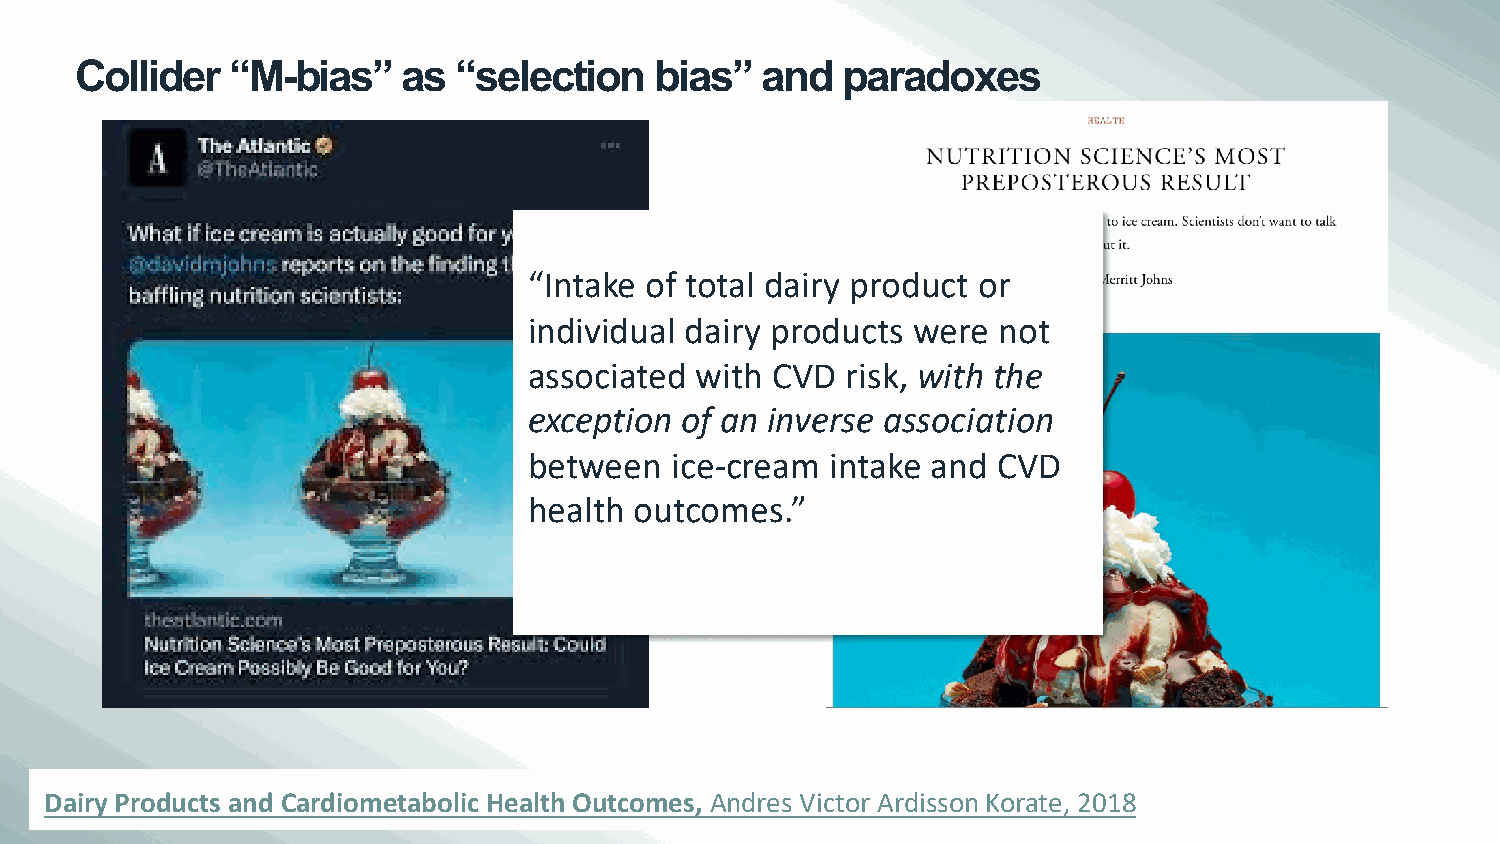
Collider  “M-bias”    as “selection   bias”  and   paradoxes
 “Intake of total dairy product or
 individual dairy products were not
 associated with CVD  risk, with the
 exception of an inverse association
 between  ice-cream  intake and CVD
 health outcomes.”
 Dairy Products and Cardiometabolic Health Outcomes, Andres Victor Ardisson Korate, 2018